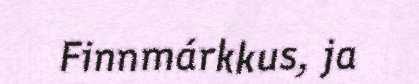
Finnmárkkus, ja